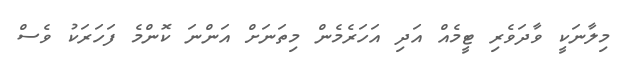
މިލާނަކީ ވާދަވެރި ޓީމެއް އަދި އަހަރެމެން މިތަނަށް އަންނަ ކޮންމެ ފަހަރަކު ވެސް